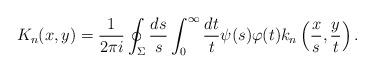
LaTeX: \begin{align*} K_n(x,y) = \frac{1}{2\pi i} \oint_{\Sigma} \frac{ds}{s} \int_0^{\infty} \frac{dt}{t} \psi(s) \varphi(t) k_n \left( \frac{x}{s}, \frac{y}{t} \right). \end{align*}